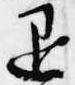
退